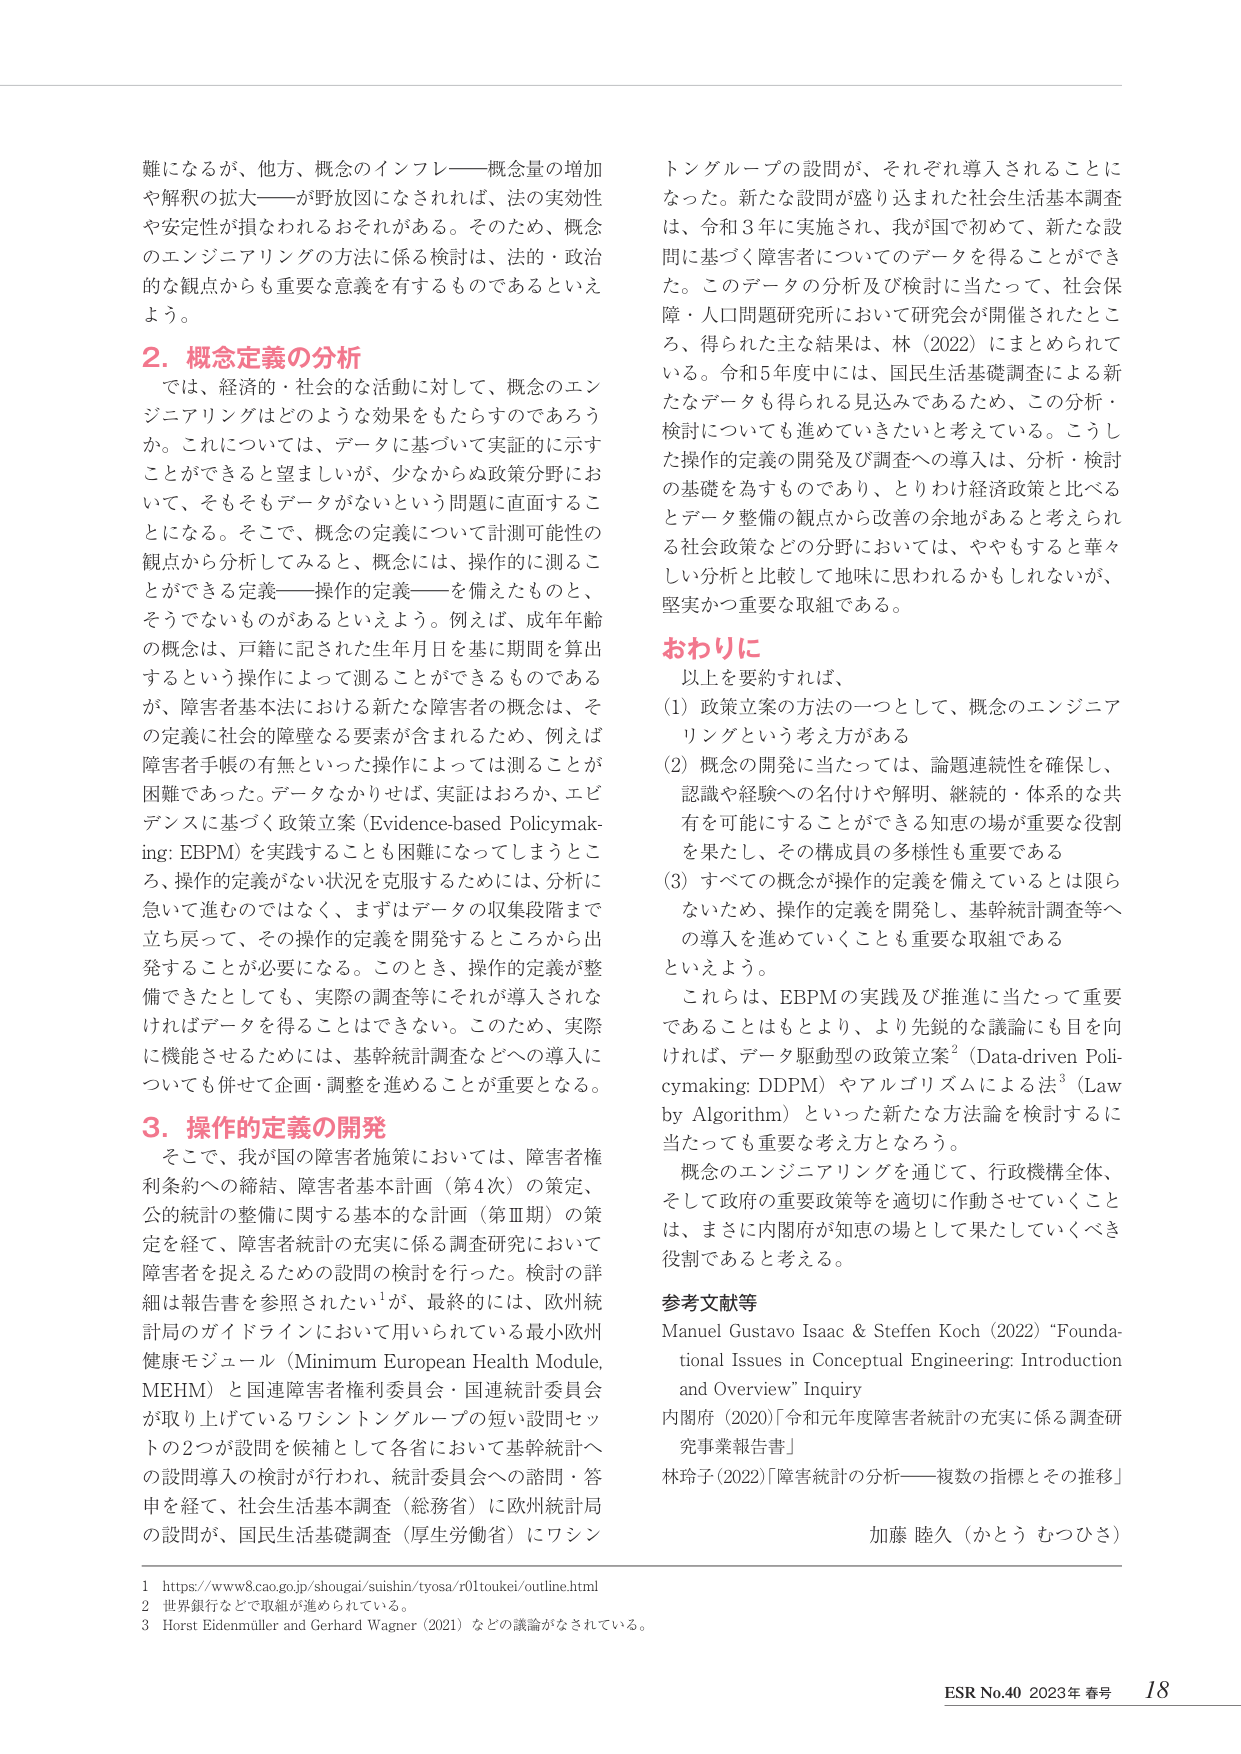
難になるが、他方、概念のインフレ――概念量の増加や解釈の拡大――が野放図になされれば、法の実効性や安定性が損なわれるおそれがある。そのため、概念のエンジニアリングの方法に係る検討は、法的・政治的な観点からも重要な意義を有するものであるといえよう。

2. 概念定義の分析

では、経済的・社会的な活動に対して、概念のエンジニアリングはどのような効果をもたらすのであろうか。これについては、データに基づいて実証的に示すことができるとは望ましいが、少なからぬ政策分野において、そもそもデータがないという問題に直面することになる。そこで、概念の定義について計測可能性の観点から分析してみると、概念には、操作的に測ることができる定義――操作的定義――を備えたものと、そうでないものがあるといえよう。例えば、成年年齢の概念は、戸籍に記された生年月日を基に期間を算出するという操作によって測ることができるものであるが、障害者基本法における新たな障害者の概念は、その定義に社会的障壁なる要素が含まれるため、例えば障害者手帳の有無といった操作によっては測ることが困難であった。データなかりせば、実証はおろか、エビデンスに基づく政策立案（Evidence-based Policymaking: EBPM）を実践することも困難になってしまうところ、操作的定義がない状況を克服するためには、分析に急いで進むのではなく、まずはデータの収集段階まで立ち戻って、その操作的定義を開発するところから出発することが必要になる。このとき、操作的定義が整備できたとしても、実際の調査等にそれが導入されなければデータを得ることはできない。このため、実際に機能させるためには、基幹統計調査などへの導入についても併せて企画・調整を進めることが重要となる。

3. 操作的定義の開発

そこで、我が国の障害者施策においては、障害者権利条約への締結、障害者基本計画（第4次）の策定、公的統計の整備に関する基本的な計画（第Ⅲ期）の策定を経て、障害者統計の充実に係る調査研究において障害者を捉えるための設問の検討を行った。検討の詳細は報告書を参照されたい¹が、最終的には、欧州統計局のガイドラインにおいて用いられている最小欧州健康モジュール（Minimum European Health Module, MEHM）と国連障害者権利委員会・国連統計委員会が取り上げているワシントングループの短い設問セットの2つが設問を候補として各省において基幹統計への設問導入の検討が行われ、統計委員会への諮問・答申を経て、社会生活基本調査（総務省）に欧州統計局の設問が、国民生活基礎調査（厚生労働省）にワシントングループの設問が、それぞれ導入されることになった。新たな設問が盛り込まれた社会生活基本調査は、令和3年に実施され、我が国で初めて、新たな設問に基づく障害者についてのデータを得ることができた。このデータの分析及び検討に当たって、社会保障・人口問題研究所において研究会が開催されたところ、得られた主な結果は、林（2022）にまとめられている。令和5年度中には、国民生活基礎調査による新たなデータも得られる見込みであるため、この分析・検討についても進めていきたいと考えている。こうした操作的定義の開発及び調査への導入は、分析・検討の基礎を為すものであり、とりわけ経済政策と比べるとデータ整備の観点から改善の余地があると考えられる社会政策などの分野においては、ややもすると華々しい分析と比較して地味に思われるかもしれないが、堅実かつ重要な取組である。

おわりに

以上を要約すれば、
(1) 政策立案の方法の一つとして、概念のエンジニアリングという考え方がある
(2) 概念の開発に当たっては、論理連続性を確保し、認識や経験への名付けや解明、継続的・体系的共有を可能にすることができる知恵の場が重要な役割を果たし、その構成員の多様性も重要である
(3) すべての概念が操作的定義を備えているとは限らないため、操作的定義を開発し、基幹統計調査等への導入を進めていくことも重要な取組である
といえよう。

これらは、EBPMの実践及び推進に当たって重要であることはもとより、より先鋭的な議論に目を向けければ、データ駆動型の政策立案²（Data-driven Policymaking: DDPM）やアルゴリズムによる法³（Law by Algorithm）といった新たな方法論を検討するに当たっても重要な考え方となるろう。

概念のエンジニアリングを通じて、行政機構全体、そして政府の重要政策等を適切に作動させていくことは、まさに内閣府が知恵の場として果たしていくべき役割であると考える。

参考文献等

Manuel Gustavo Isaac & Steffen Koch (2022) "Foundational Issues in Conceptual Engineering: Introduction and Overview" Inquiry
内閣府（2020）「令和元年度障害者統計の充実に係る調査研究事業報告書」
林玲子（2022）「障害統計の分析――複数の指標とその推移」

加藤 睦久（かとう むつひさ）

1 https://www8.cao.go.jp/shougai/suishin/tyosa/r01toukei/outline.html
2 世界銀行などで取組が進められている。
3 Horst Eidenmüller and Gerhard Wagner (2021) などの議論がなされている。

ESR No.40 2023年 春号 18